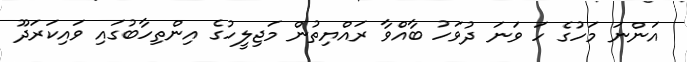
އަންނަ މަހުގެ ހަ ވަނަ ދުވަހު ބާއްވާ ރައްޔިތުން މަޖިލީހުގެ އިންތިހާބުގައި ވައިކަރަދޫ